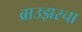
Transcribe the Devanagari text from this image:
ब्राउझरचा